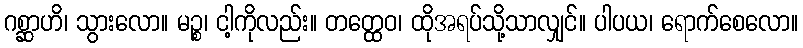
ဂစ္ဆာဟိ၊ သွားလော။ မဉ္စ၊ ငါ့ကိုလည်း။ တတ္ထေဝ၊ ထိုအရပ်သို့သာလျှင်။ ပါပယ၊ ရောက်စေလော။